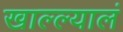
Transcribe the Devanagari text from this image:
खाल्ल्यालं